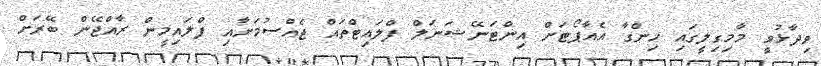
ވިދާޅުވީ މާމިގިލީގައި ހިންގާ އެއާޕޯޓަށް އިންޓަނޭޝަނަލް ފްލައިޓްތައް ޖެއްސުމަށާއި ފްލައިމީން ރާއްޖޭން ބޭރަށް